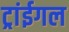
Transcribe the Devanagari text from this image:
ट्रांईगल